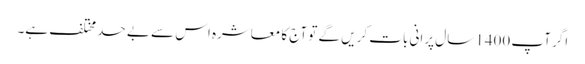
اگر آپ 1400 سال پرانی بات کریں گے تو آج کا معاشرہ اس سے بے حد مختلف ہے۔